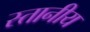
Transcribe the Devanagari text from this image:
स्तानीय